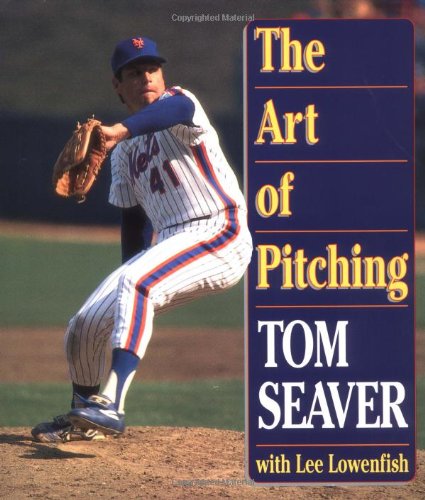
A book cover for The Art of Pitching; Tom Seaver; Sports & Outdoors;